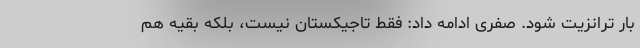
بار ترانزیت شود. صفری ادامه داد: فقط تاجیکستان نیست، بلکه بقیه هم